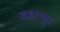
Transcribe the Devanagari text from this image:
बड़ाभूम